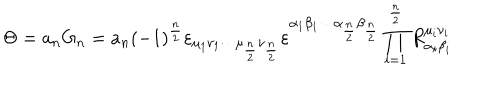
\Theta = a _ { n } \mathrm { G } _ { n } = a _ { n } ( - 1 ) ^ { \frac { n } { 2 } } \varepsilon _ { \mu _ { 1 } \nu _ { 1 } \cdots \mu _ { \frac { n } { 2 } } \nu _ { \frac { n } { 2 } } } \varepsilon ^ { \alpha _ { 1 } \beta _ { 1 } \cdots \alpha _ { \frac { n } { 2 } } \beta _ { \frac { n } { 2 } } } \prod _ { i = 1 } ^ { \frac { n } { 2 } } R _ { \alpha _ { i } \beta _ { i } } ^ { \mu _ { i } \nu _ { i } }